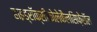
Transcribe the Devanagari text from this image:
हाइड्रॉक्सीकोलेकैलसिफ़ेरॉल